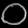
Digit: ၀